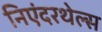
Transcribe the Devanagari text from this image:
निएंदरथेल्स